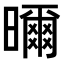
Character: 𭨁